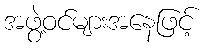
အဖွဲ့ဝင်များအနေဖြင့်